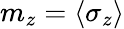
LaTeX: m_{z}={\langle{\sigma_{z}}\rangle}